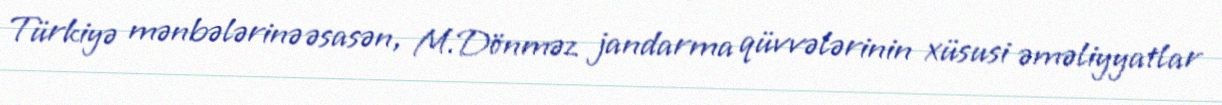
Türkiyə mənbələrinə əsasən, M.Dönməz jandarma qüvvələrinin xüsusi əməliyyatlar